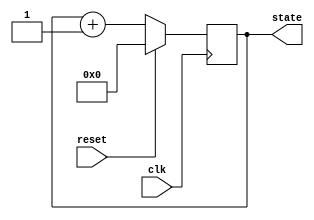
module synchronous_reset_example (
    input wire clk,        // Clock signal
    input wire reset,      // Synchronous reset signal
    output reg [3:0] state // State output (4-bit register)
);

// Internal state declaration
// The state is declared as a 4-bit register

// Behavioral block for synchronous reset and state update
always @(posedge clk) begin
    if (reset) begin
        // Reset condition: set state to predefined value (e.g., 0)
        state <= 4'b0000; // Reset state
    end else begin
        // State update logic (example: simple counter)
        state <= state + 1; // Increment state
    end
end

endmodule